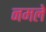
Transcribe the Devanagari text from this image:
नमले